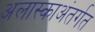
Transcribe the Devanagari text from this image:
अलास्काअंतर्गत